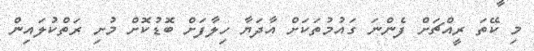
މި ކޭތަ ރީއްޗަށް ފެންނަ ގައުމުތަކަށް އާދަޔާ ހިލާފަށް ބޮޑުކޮށް މުށި ރަތްކުލައިން